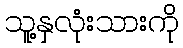
သူ့နှလုံးသားကို